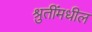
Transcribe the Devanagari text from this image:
श्रुतींमधील